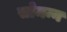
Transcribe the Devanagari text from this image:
सोमन्न